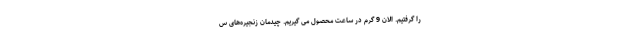
را گرفتیم. الان 9 گرم در ساعت محصول می گیریم. چیدمان زنجیره‌های س